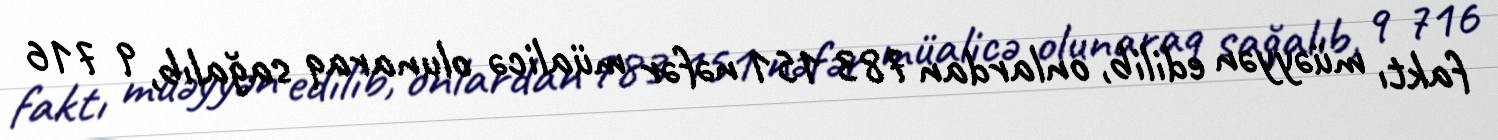
faktı müəyyən edilib, onlardan 783 151 nəfər müalicə olunaraq sağalıb, 9 716